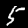
Label: 5